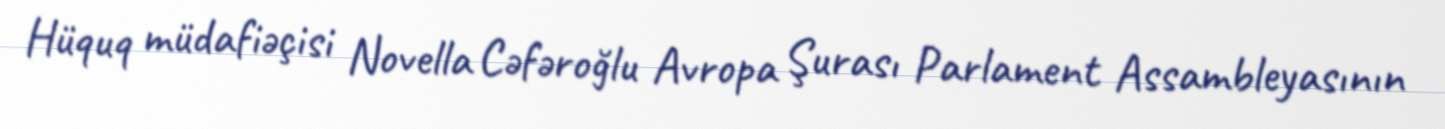
Hüquq müdafiəçisi Novella Cəfəroğlu Avropa Şurası Parlament Assambleyasının